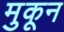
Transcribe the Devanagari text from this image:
मुकून